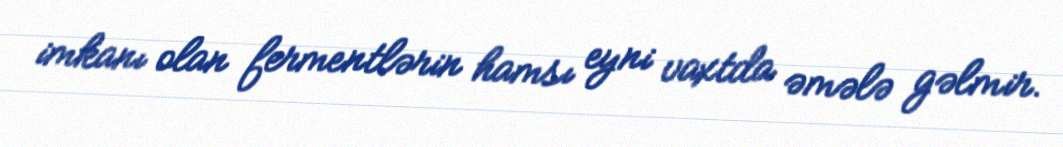
imkanı olan fermentlərin hamsı eyni vaxtda əmələ gəlmir.